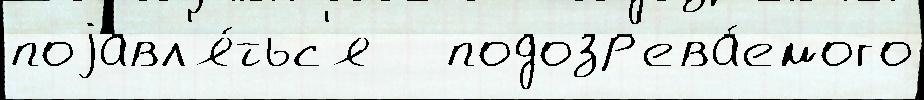
поjавл'я́тьс'я   подозр'ева́емого